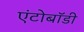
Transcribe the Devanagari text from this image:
एंटोबॉडी